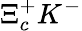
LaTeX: \Xi_{c}^{+}K^{-}